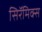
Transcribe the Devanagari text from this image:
सिरॅमिक्स